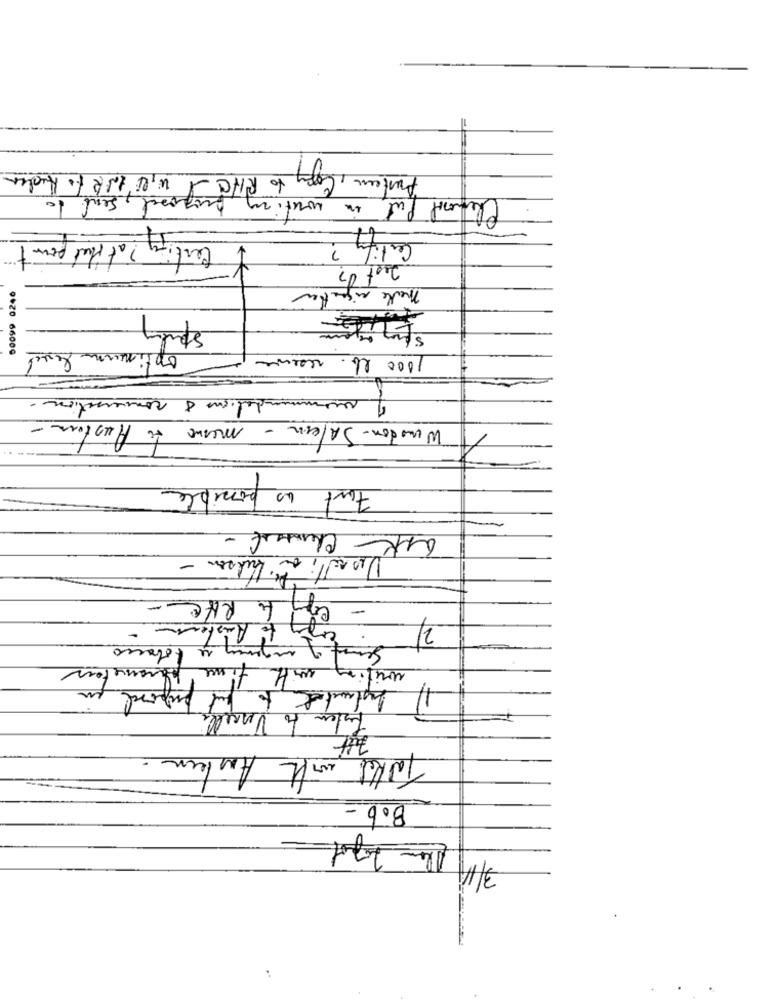
Austen, Copy to RIC -I Will IN2 10 Ander
Chemonil fut, in writing purposed, send to
Certify
Certify ? at that point
50099 0246
merke siguetien
optimum level
1000 lb. reserve
of rammandations 8 conversation.
Winston- Salem - messe to Hester -
Fort es possible
Hudson -
-
RHE
Listen
2
re tobanco
Su
Parameters
with time
but proposal
listen to Vercelli
Amber .
with
Talket
Bob